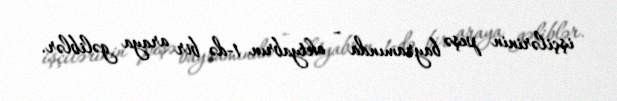
işçilərinin peşə bayramında - oktyabrın 1-də bir araya gəliblər.